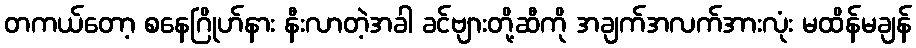
တကယ်တော့ စနေဂြိုဟ်နား နီးလာတဲ့အခါ ခင်ဗျားတို့ဆီကို အချက်အလက်အားလုံး မထိန်မချန်